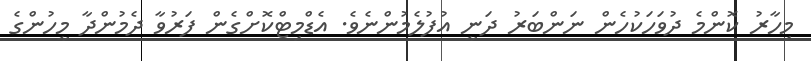
މިހާރު ކޮންމެ ދުވަހަކުހެން ނަންބަރު ދަނީ އުފުލެމުންނެވެ. އެޑްމިޓްކޮށްގެން ފަރުވާ ދެމުންދާ މީހުންގެ